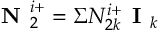
\textbf { N } _ { 2 } ^ { i + } = \Sigma N _ { 2 k } ^ { i + } \textbf { I } _ { k }